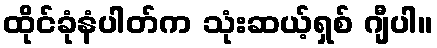
ထိုင်ခုံနံပါတ်က သုံးဆယ့်ရှစ် ဂျီပါ။